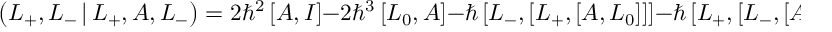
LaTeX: \left( L _ { + } , L _ { - } \, | \, L _ { + } , A , L _ { - } \right) = 2 \hbar ^ { 2 } \left[ A , I \right] - 2 \hbar ^ { 3 } \left[ L _ { 0 } , A \right] - \hbar \left[ L _ { - } , \left[ L _ { + } , \left[ A , L _ { 0 } \right] \right] \right] - \hbar \left[ L _ { + } , \left[ L _ { - } , \left[ A , L _ { 0 } \right] \right] \right] \; ,